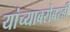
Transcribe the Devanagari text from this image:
यांच्याबरोबरही